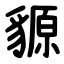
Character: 䝠